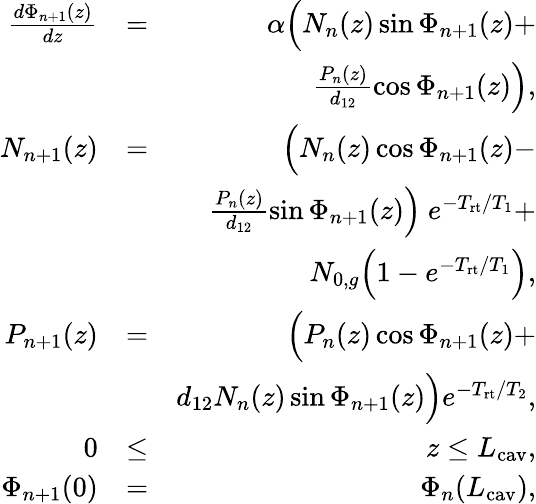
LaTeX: \begin{array}{rlr}{\frac{d\Phi_{n+1}(z)}{dz}}&{=}&{\alpha\Big(N_{n}(z)\sin\Phi_{n+1}(z)+}\\ &{}&{\frac{P_{n}(z)}{d_{12}}\cos\Phi_{n+1}(z)\Big),}\\ {N_{n+1}(z)}&{=}&{\Big(N_{n}(z)\cos\Phi_{n+1}(z)-}\\ &{}&{\frac{P_{n}(z)}{d_{12}}\sin\Phi_{n+1}(z)\Big)\ e^{-T_{\mathrm{rt}}/T_{1}}+}\\ &{}&{N_{0,g}\Big(1-e^{-T_{\mathrm{rt}}/T_{1}}\Big),}\\ {P_{n+1}(z)}&{=}&{\Big(P_{n}(z)\cos\Phi_{n+1}(z)+}\\ &{}&{d_{12}N_{n}(z)\sin\Phi_{n+1}(z)\Big)e^{-T_{\mathrm{rt}}/T_{2}},}\\ {0}&{\le}&{z\le L_{\mathrm{cav}},}\\ {\Phi_{n+1}(0)}&{=}&{\Phi_{n}(L_{\mathrm{cav}}),}\end{array}